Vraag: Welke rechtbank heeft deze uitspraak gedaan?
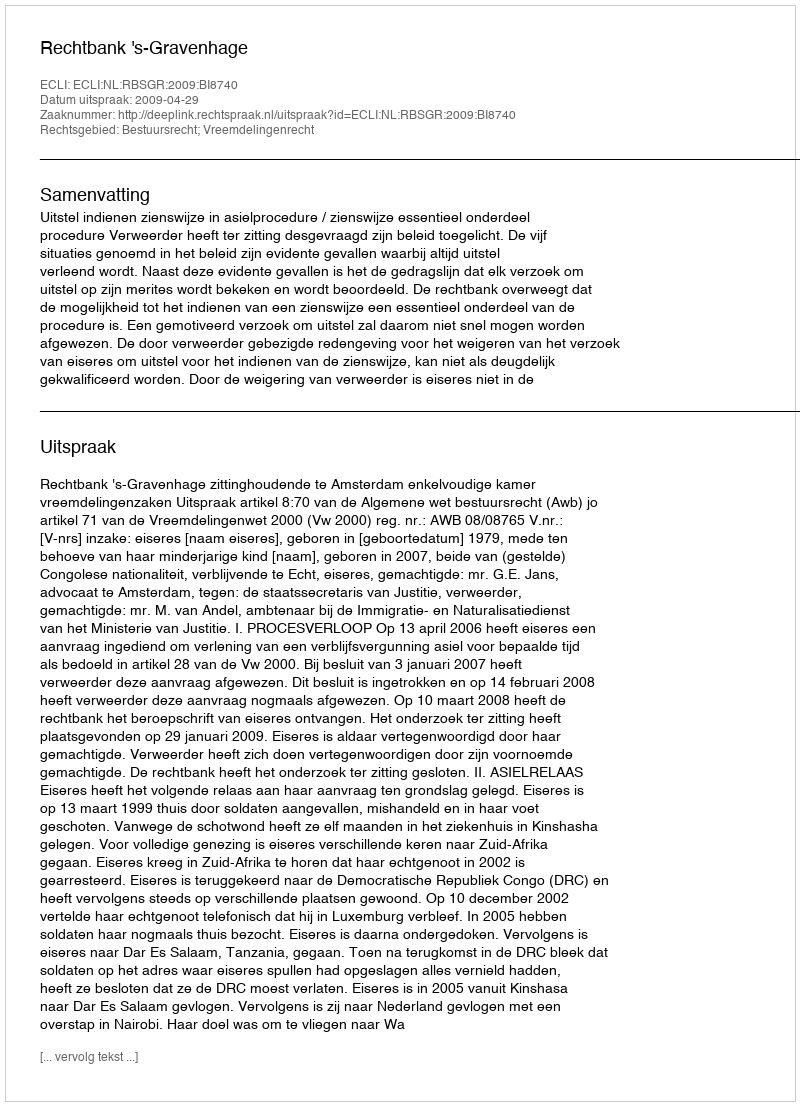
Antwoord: Rechtbank 's-Gravenhage